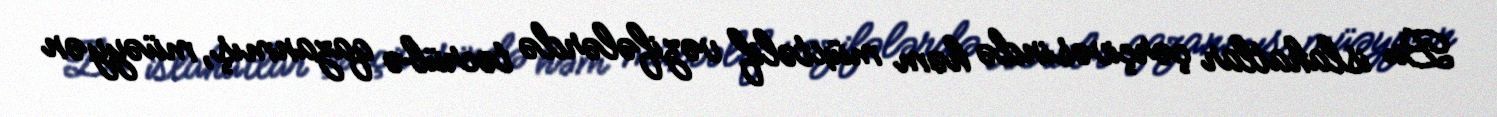
Bu islahatlar çərçivəsində həm müxtəlif vəzifələrdə təcrübə qazanmış, müəyyən